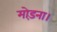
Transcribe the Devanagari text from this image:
मोड़ना।